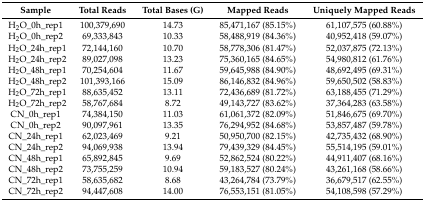
<table><thead><tr><td><b>Sample</b></td><td><b>Total Reads</b></td><td><b>Total Bases (G)</b></td><td><b>Mapped Reads</b></td><td><b>Uniquely Mapped Reads</b></td></tr></thead><tbody><tr><td>H<sub>2</sub>O_0h_rep1</td><td>100,379,690</td><td>14.73</td><td>85,471,167 (85.15%)</td><td>61,107,575 (60.88%)</td></tr><tr><td>H<sub>2</sub>O_0h_rep2</td><td>69,333,843</td><td>10.33</td><td>58,488,919 (84.36%)</td><td>40,952,418 (59.07%)</td></tr><tr><td>H<sub>2</sub>O_24h_rep1</td><td>72,144,160</td><td>10.70</td><td>58,778,306 (81.47%)</td><td>52,037,875 (72.13%)</td></tr><tr><td>H<sub>2</sub>O_24h_rep2</td><td>89,027,098</td><td>13.23</td><td>75,360,165 (84.65%)</td><td>54,980,812 (61.76%)</td></tr><tr><td>H<sub>2</sub>O_48h_rep1</td><td>70,254,604</td><td>11.67</td><td>59,645,988 (84.90%)</td><td>48,692,495 (69.31%)</td></tr><tr><td>H<sub>2</sub>O_48h_rep2</td><td>101,393,166</td><td>15.09</td><td>86,146,832 (84.96%)</td><td>59,650,502 (58.83%)</td></tr><tr><td>H<sub>2</sub>O_72h_rep1</td><td>88,635,452</td><td>13.11</td><td>72,436,689 (81.72%)</td><td>63,188,455 (71.29%)</td></tr><tr><td>H<sub>2</sub>O_72h_rep2</td><td>58,767,684</td><td>8.72</td><td>49,143,727 (83.62%)</td><td>37,364,283 (63.58%)</td></tr><tr><td>CN_0h_rep1</td><td>74,384,150</td><td>11.03</td><td>61,061,372 (82.09%)</td><td>51,846,675 (69.70%)</td></tr><tr><td>CN_0h_rep2</td><td>90,097,961</td><td>13.35</td><td>76,294,952 (84.68%)</td><td>53,857,487 (59.78%)</td></tr><tr><td>CN_24h_rep1</td><td>62,023,469</td><td>9.21</td><td>50,950,700 (82.15%)</td><td>42,735,432 (68.90%)</td></tr><tr><td>CN_24h_rep2</td><td>94,069,938</td><td>13.94</td><td>79,439,329 (84.45%)</td><td>55,514,195 (59.01%)</td></tr><tr><td>CN_48h_rep1</td><td>65,892,845</td><td>9.69</td><td>52,862,524 (80.22%)</td><td>44,911,407 (68.16%)</td></tr><tr><td>CN_48h_rep2</td><td>73,755,259</td><td>10.94</td><td>59,183,527 (80.24%)</td><td>43,261,168 (58.66%)</td></tr><tr><td>CN_72h_rep1</td><td>58,635,682</td><td>8.68</td><td>43,264,784 (73.79%)</td><td>36,679,517 (62.55%)</td></tr><tr><td>CN_72h_rep2</td><td>94,447,608</td><td>14.00</td><td>76,553,151 (81.05%)</td><td>54,108,598 (57.29%)</td></tr></tbody></table>